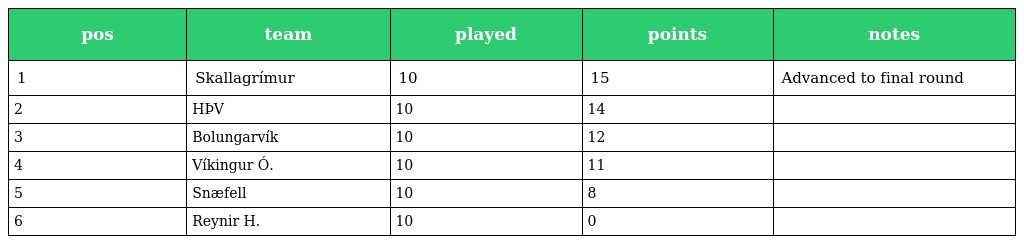
| pos | team | played | points | notes |
 | --- | --- | --- | --- | --- |
 | 1 | Skallagrímur | 10 | 15 | Advanced to final round |
 | 2 | HÞV | 10 | 14 |  |
 | 3 | Bolungarvík | 10 | 12 |  |
 | 4 | Víkingur Ó. | 10 | 11 |  |
 | 5 | Snæfell | 10 | 8 |  |
 | 6 | Reynir H. | 10 | 0 |  |